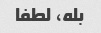
بله، لطفا